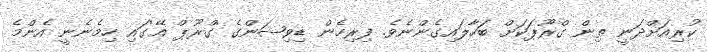
ކުރިއަށްދަނީ ތިން ގްރޫޕަކަށް ބަހާލައިގެންނެވެ. ފިރިހެން ޑިވިޝަންގެ 'ގްރޫޕް އޭ'ގައި ހިމެނެނީ އެންމެ